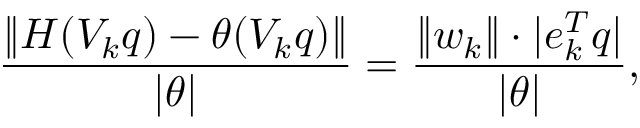
\frac { \| H ( V _ { k } q ) - \theta ( V _ { k } q ) \| } { | \theta | } = \frac { \| w _ { k } \| \cdot | e _ { k } ^ { T } q | } { | \theta | } ,